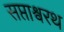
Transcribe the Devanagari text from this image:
सप्ताश्वरथ